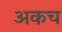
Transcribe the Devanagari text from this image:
अकच